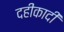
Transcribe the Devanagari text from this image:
दहीकादी